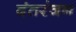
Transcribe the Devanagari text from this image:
दंतरंजन